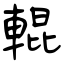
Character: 輥